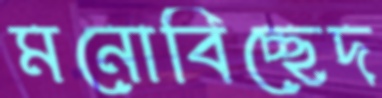
মনোবিচ্ছেদ